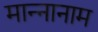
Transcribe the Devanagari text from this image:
मान्नानाम